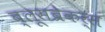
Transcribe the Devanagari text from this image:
ब्लूसब्रेकर्स